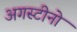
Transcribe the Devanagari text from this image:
अगस्टीनो